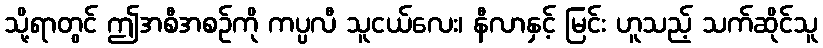
သို့ရာတွင် ဤအစီအစဉ်ကို ကပ္ပလီ သူငယ်လေး၊ နီလာနှင့် မြင်း ဟူသည့် သက်ဆိုင်သူ